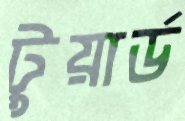
টুয়ার্ড